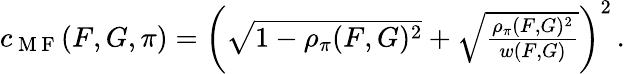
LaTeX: \begin{array}{r}{c_{\mathrm{~M~F~}}(F,G,\pi)=\left(\sqrt{1-\rho_{\pi}(F,G)^{2}}+\sqrt{\frac{\rho_{\pi}(F,G)^{2}}{w(F,G)}}\right)^{2}\, .}\end{array}